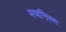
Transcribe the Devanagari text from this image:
मचनिस्म